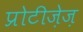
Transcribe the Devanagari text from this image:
प्रोटीज़ेज़